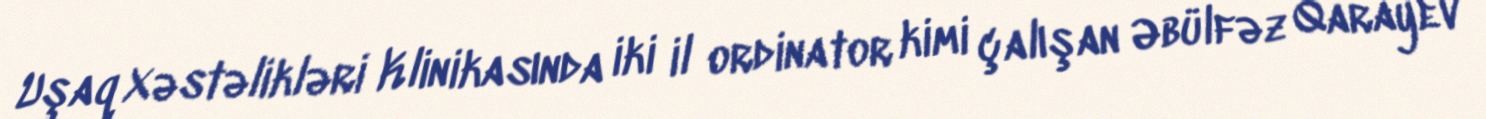
Uşaq Xəstəlikləri Klinikasında iki il ordinator kimi çalışan Əbülfəz Qarayev